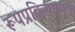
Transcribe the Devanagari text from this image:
रूपप्रक्रियात्मक